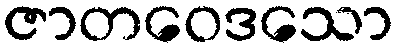
ဇာတဝေဒသော